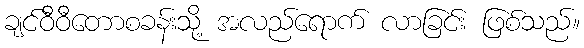
ချင်ဝီဝီတောစခန်းသို့ အလည်ရောက် လာခြင်း ဖြစ်သည်။